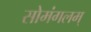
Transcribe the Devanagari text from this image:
सोमंगलम्